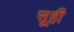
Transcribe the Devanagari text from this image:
सूही